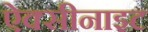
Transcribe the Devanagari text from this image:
ऐक्सीनाइट